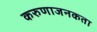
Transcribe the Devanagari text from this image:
करुणाजनकता